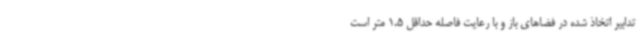
تدابیر اتخاذ شده در فضاهای باز و با رعایت فاصله حداقل 1.5 متر است